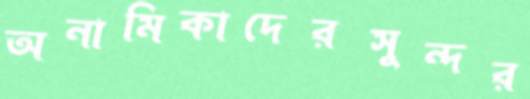
অনামিকাদেরসুন্দর